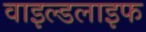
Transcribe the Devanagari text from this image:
वाइल्‍डलाइफ